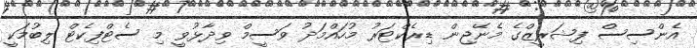
އެންސިސް ފިޝަރީޒްގެ މެނޭޖިން ޑިރެކްޓަރު މުހައްމަދު ވަސީމް ވިދާޅުވީ މި ސެޓްފިކެޓް ލިބުމަކީ